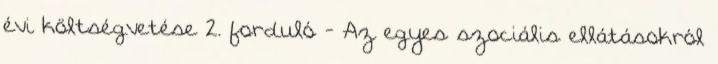
évi költségvetése 2. forduló - Az egyes szociális ellátásokról